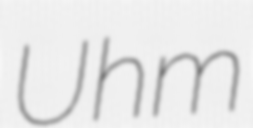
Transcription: Uhm